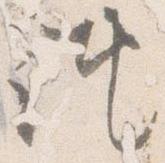
誂